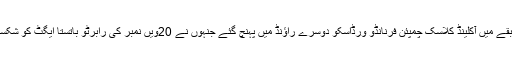
مرد طبقے میں آکلینڈ کلاسک چمپئن فرنانڈو ورڈاسکو دوسرے راؤنڈ میں پہنچ گئے جنہوں نے 20ویں نمبر کی رابرٹو باتستا ایگٹ کو شکست دی۔